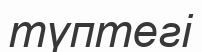
түптегі